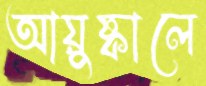
আয়ুষ্কালে